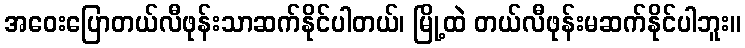
အဝေးပြောတယ်လီဖုန်းသာဆက်နိုင်ပါတယ်၊ မြို့ထဲ တယ်လီဖုန်းမဆက်နိုင်ပါဘူး။